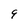
Character: 9